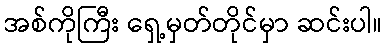
အစ်ကိုကြီး ရှေ့မှတ်တိုင်မှာ ဆင်းပါ။